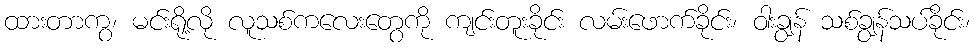
ထားတာကွ၊ မင်းရို့လို လူသစ်ကလေးတွေကို ကျင်းတူးခိုင်း လမ်းဖောက်ခိုင်း၊ ဝါးချွန် သစ်ချွန်သပ်ခိုင်း၊